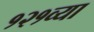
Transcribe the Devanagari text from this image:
१२१व्या